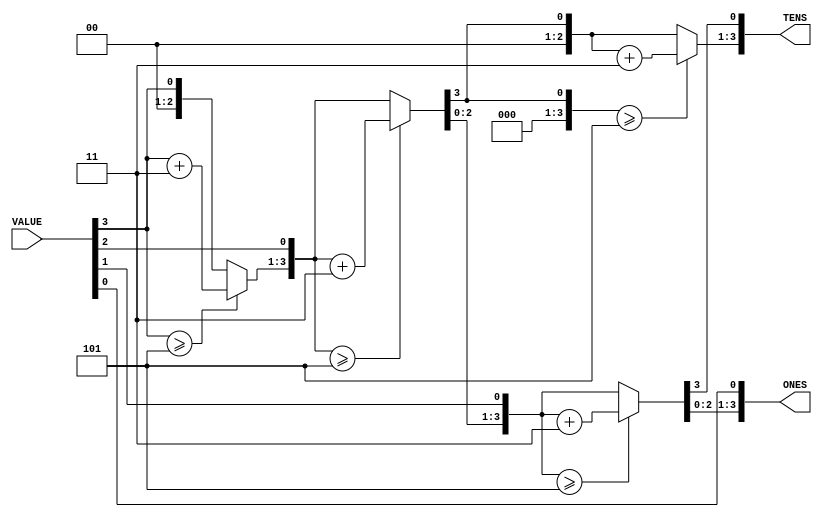
// Bin to BCD conversion using double dabble alogorithm in verilog
module bin2bcd(input wire [3:0] VALUE, output reg [3:0] TENS, output reg [3:0] ONES);

integer i;

always @(VALUE)
begin
//define TENS and ONES to 0
  TENS = 4'd0;
  ONES = 4'd0;

  for (i=3; i>=0; i=i-1)
  begin
  // add 3 to colums if >= 5
    if (TENS >= 5)
       TENS = TENS + 3;
    if (ONES >= 5)
       ONES = ONES + 3;
// Shift bits left one
    TENS = TENS << 1;
    TENS[0] = ONES[3];
    ONES = ONES << 1;
    ONES[0] = VALUE[i];
    end
end
endmodule // bin2bcd